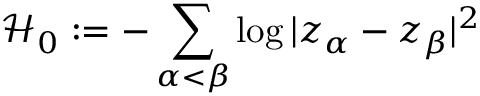
\mathcal H _ { 0 } : = - \sum _ { \alpha < \beta } \log | z _ { \alpha } - z _ { \beta } | ^ { 2 }